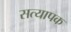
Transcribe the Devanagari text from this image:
सत्यापक